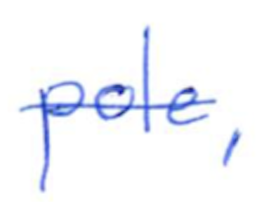
Text: pole,
Cross-out: single-line
Writing tool: ballpoint